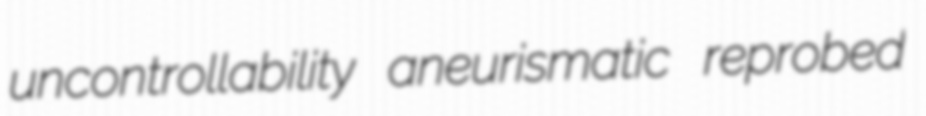
uncontrollability aneurismatic reprobed